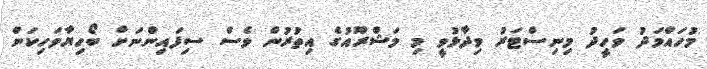
މުހައްމަދު ވަހީދު މިނިސްޓަރު ވިދާޅުވީ މި މަޝްރޫއުގެ އިތުރުން ވެސް ސިފައިންނަށް ބޯހިޔާވަހިކަން